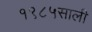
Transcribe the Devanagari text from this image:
१९८५साली